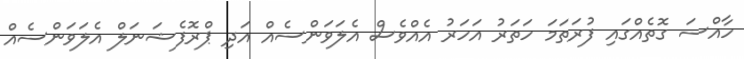
ހާއްސަ ގޮތެއްގައި ފުރަތަމަ ހަތަރު އަހަރު އެއްވެސް އެލަވަންސެއް އަދި ޕްރޮފެޝަނަލް އެލަވަންސެއް